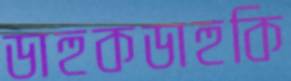
ডাহুকডাহুকি